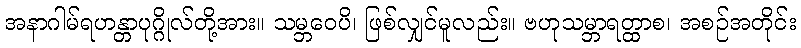
အနာဂါမ်ရဟန္တာပုဂ္ဂိုလ်တို့အား။ သမ္ဘဝေပိ၊ ဖြစ်လျှင်မူလည်း။ ဗဟုသမ္ဘာရတ္ထာစ၊ အစဉ်အတိုင်း